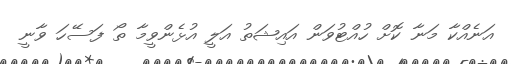
އަނެއްކާ މަނާ ކޮށް ހުއްޓުވަން އައިޝަތު އަލީ އުޅެންވީމާ ތޯ ފަސޭހަ ވާނީ